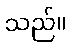
သည်။